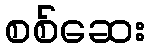
စစ်ဆေး